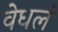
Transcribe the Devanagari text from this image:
वेधलं